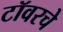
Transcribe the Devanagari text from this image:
टॉवरचे